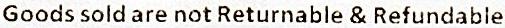
GOODS SOLD ARE NOT RETURNABLE & REFUNDABLE